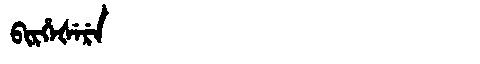
Manchu: ᠪᡳᡵᡥᡝᡧᡝᡵᡝ
Romanization: BIRHEŠERE